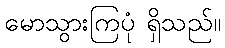
မောသွားကြပုံ ရှိသည်။